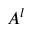
A ^ { l }